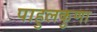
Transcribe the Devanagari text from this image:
पाहुलकुणा